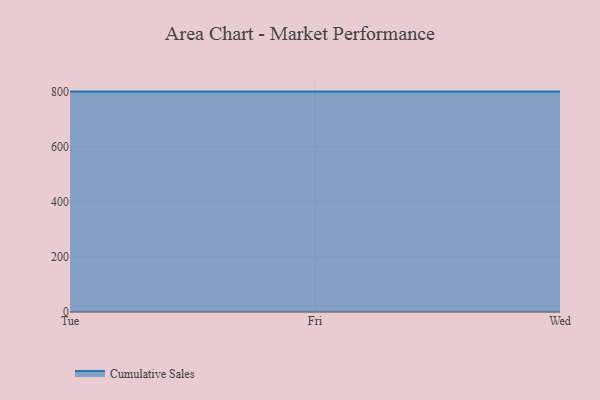
{"axis": {"x": "Day", "y": "Active Users"}, "legend": ["Cumulative Sales"], "data": [{"x": "Tue", "y": 800, "type": "Cumulative Sales"}, {"x": "Fri", "y": 800, "type": "Cumulative Sales"}, {"x": "Wed", "y": 800, "type": "Cumulative Sales"}]}